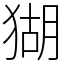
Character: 猢